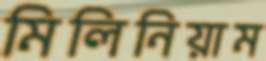
মিলিনিয়াম